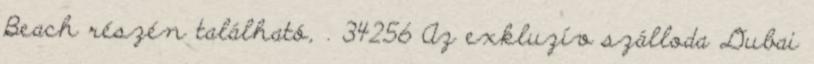
Beach részén található, . 34256 Az exkluzív szálloda Dubai